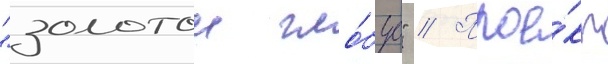
"золотои гло́бус" // Прое́кт